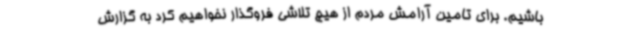
باشیم. برای تامین آرامش مردم از هیچ تلاشی فروگذار نخواهیم کرد به گزارش